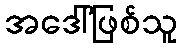
အဒေါ်ဖြစ်သူ